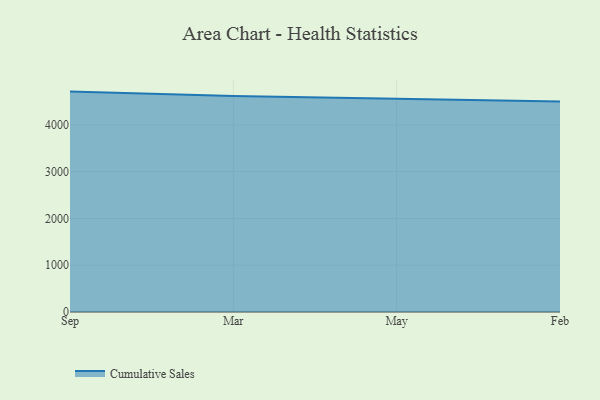
{"axis": {"x": "Month", "y": "Revenue (USD Million)"}, "legend": ["Cumulative Sales"], "data": [{"x": "Sep", "y": 4712.9, "type": "Cumulative Sales"}, {"x": "Mar", "y": 4618.9, "type": "Cumulative Sales"}, {"x": "May", "y": 4560.2, "type": "Cumulative Sales"}, {"x": "Feb", "y": 4498.8, "type": "Cumulative Sales"}]}